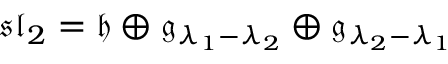
{ \mathfrak { s l } } _ { 2 } = { \mathfrak { h } } \oplus { \mathfrak { g } } _ { \lambda _ { 1 } - \lambda _ { 2 } } \oplus { \mathfrak { g } } _ { \lambda _ { 2 } - \lambda _ { 1 } }